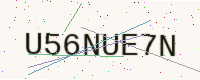
Text: U56NUE7N